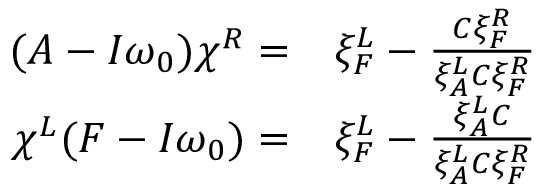
\begin{array} { r l } { ( A - I \omega _ { 0 } ) \chi ^ { R } = } & { { } \xi _ { F } ^ { L } - \frac { C \xi _ { F } ^ { R } } { \xi _ { A } ^ { L } C \xi _ { F } ^ { R } } } \\ { \chi ^ { L } ( F - I \omega _ { 0 } ) = } & { { } \xi _ { F } ^ { L } - \frac { \xi _ { A } ^ { L } C } { \xi _ { A } ^ { L } C \xi _ { F } ^ { R } } } \end{array}